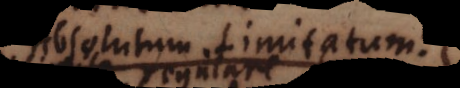
Absolutum. Limitatum.